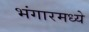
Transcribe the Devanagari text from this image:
भंगारमध्ये